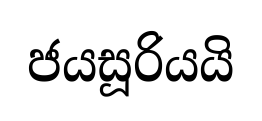
ජයසූරියයි